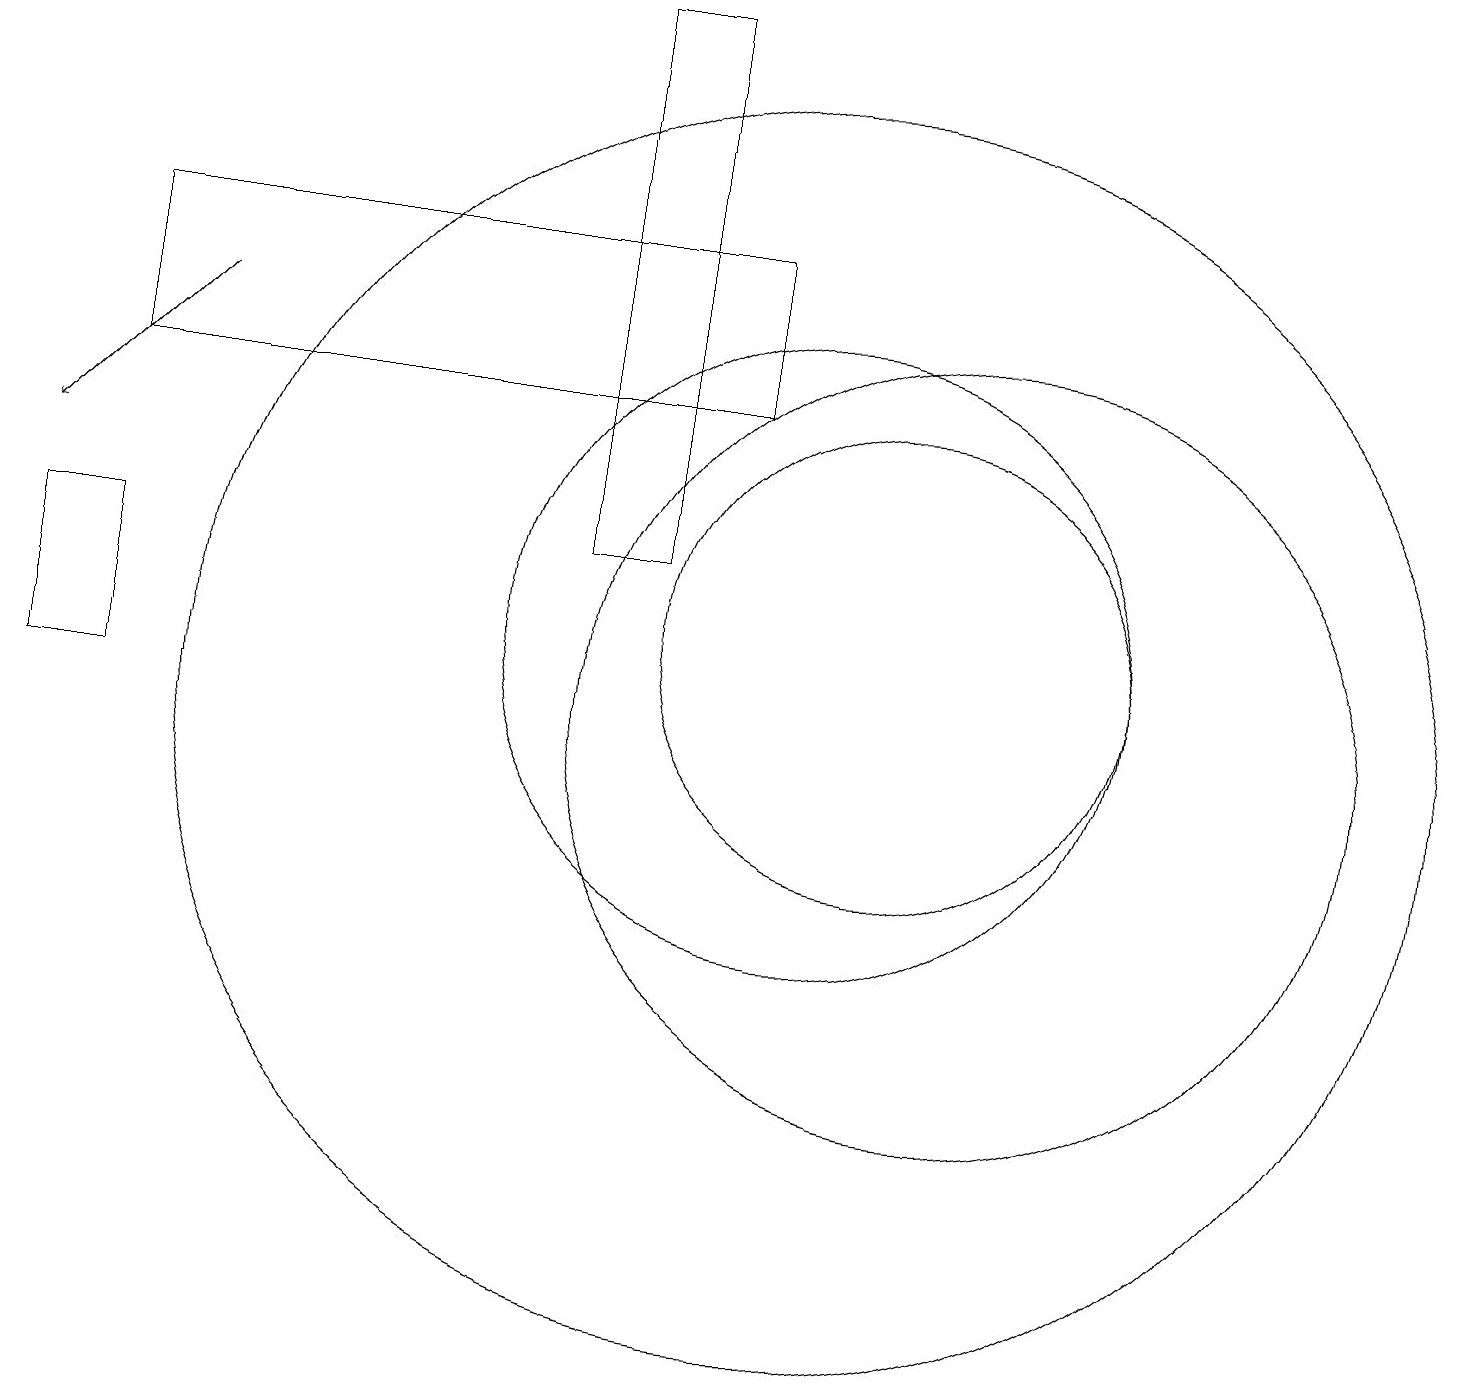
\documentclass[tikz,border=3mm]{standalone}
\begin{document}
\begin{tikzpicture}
\draw (10,11) circle (4);
\draw (11,11) circle (3);
\draw (12,10) circle (5);
\draw[->] (2,15) -- (0,13);
\draw (9,14) rectangle (1,16);
\draw (10,10) circle (8);
\draw (7,19) rectangle (8,12);
\draw (1,12) rectangle (0,10);
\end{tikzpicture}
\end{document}